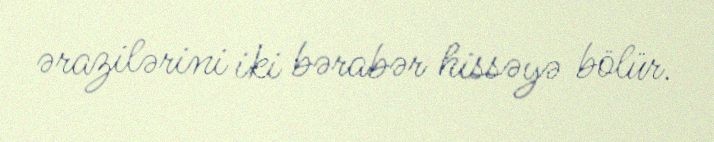
ərazilərini iki bərabər hissəyə bölür.